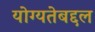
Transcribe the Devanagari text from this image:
योग्यतेबद्दल